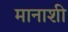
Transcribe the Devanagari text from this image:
मानाशी